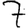
Digit: 7